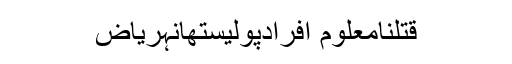
قتلنامعلوم افرادپولیستھانہریاض